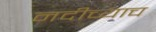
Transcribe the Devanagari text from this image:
नदीच्याच